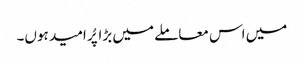
میں اس معاملے میں بڑا پُر امید ہوں۔